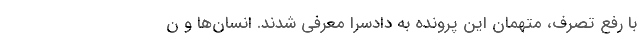
با رفع تصرف، متهمان این پرونده به دادسرا معرفی شدند. انسان‌ها و ن